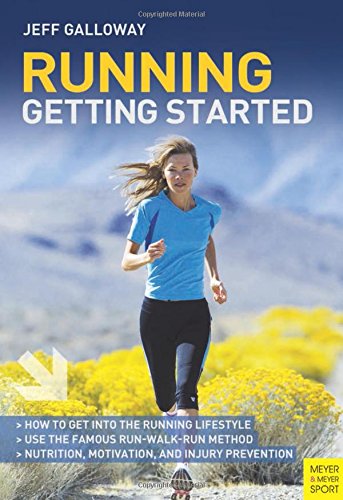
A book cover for Running: Getting Started (Meyer & Meyer Sport); Jeff Galloway; Sports & Outdoors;